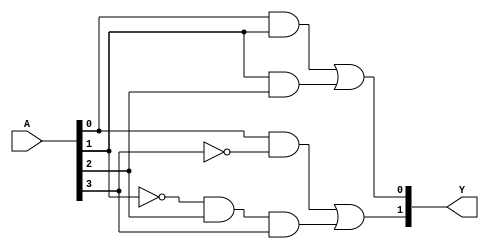
module FusedPAL (
    input wire [N-1:0] A,    // Input lines (N input variables)
    output wire [M-1:0] Y    // Output lines (M outputs)
);

// Parameters
parameter N = 4; // Number of input variables
parameter M = 2; // Number of output lines
parameter P = 4; // Number of product terms (AND gates)

// Declare the programmable AND gates
wire [P-1:0] and_outputs; // Outputs from the AND gates

// Example programmable AND gates (configurations)
// Each AND gate output can be programmed to connect to any combination of inputs
assign and_outputs[0] = A[0] & A[1];          // AND gate 1: A[0] AND A[1]
assign and_outputs[1] = A[1] & A[2];          // AND gate 2: A[1] AND A[2]
assign and_outputs[2] = A[0] & ~A[3];         // AND gate 3: A[0] AND NOT A[3]
assign and_outputs[3] = ~A[1] & A[2] & A[3]; // AND gate 4: NOT A[1] AND A[2] AND A[3]

// Fixed OR gates for combining the outputs of the AND gates
assign Y[0] = and_outputs[0] | and_outputs[1]; // OR gate 1: Combine product terms 1 and 2
assign Y[1] = and_outputs[2] | and_outputs[3]; // OR gate 2: Combine product terms 3 and 4

endmodule